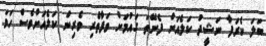
ބަލަ ކެރަފާ ނަޝީދު ކަލެއަށް ފެނޭތަ ގައުމަށް ވަފާތެރި ވެރިން ކަލެއަށްވެސް ހަމަ